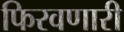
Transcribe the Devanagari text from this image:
फिरवणारी